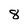
Character: 8